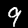
Label: 9